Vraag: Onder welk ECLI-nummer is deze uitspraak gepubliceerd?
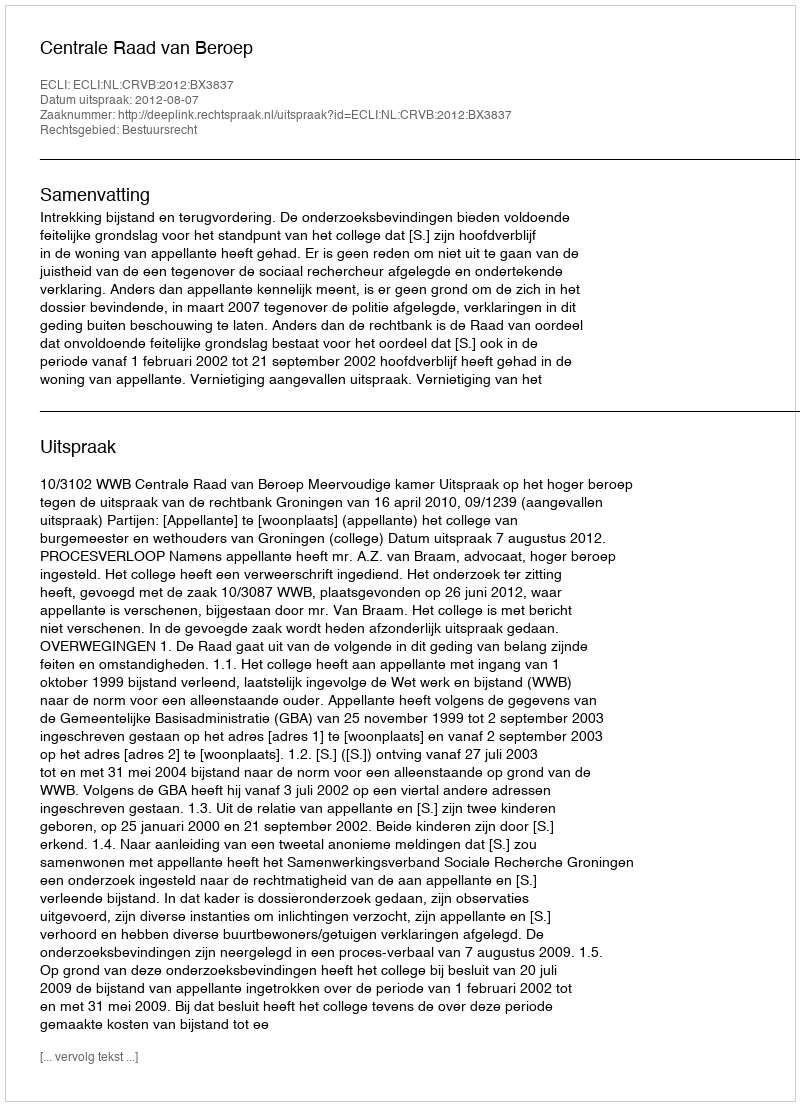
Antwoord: ECLI:NL:CRVB:2012:BX3837